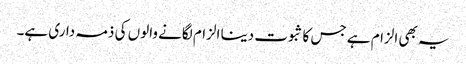
یہ بھی الزام ہے جس کا ثبوت دینا الزام لگانے والوں کی ذمہ داری ہے۔